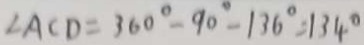
\angle A C D = 3 6 0 ^ { \circ } - 9 0 ^ { \circ } - 1 3 6 ^ { \circ } = 1 3 4 ^ { \circ }